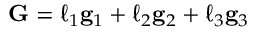
\mathbf { G } = \ell _ { 1 } \mathbf { g } _ { 1 } + \ell _ { 2 } \mathbf { g } _ { 2 } + \ell _ { 3 } \mathbf { g } _ { 3 }